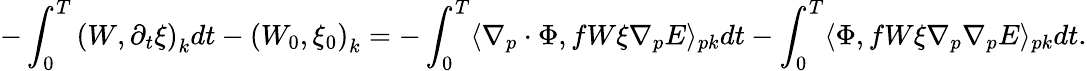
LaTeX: -\int_{0}^{T}\left(W,\partial_{t}\xi\right)_{k}dt-\left(W_{0},\xi_{0}\right)_{k}=-\int_{0}^{T}\langle\nabla_{p}\cdot\Phi,fW\xi\nabla_{p}E\rangle_{pk}dt-\int_{0}^{T}\langle\Phi,fW\xi\nabla_{p}\nabla_{p}E\rangle_{pk}dt.